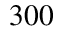
3 0 0